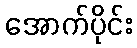
အောက်ပိုင်း